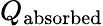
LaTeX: Q_{\mathrm{absorbed}}